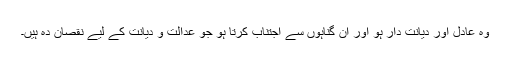
وہ عادل اور دیانت دار ہو اور ان گناہوں سے اجتناب کرتا ہو جو عدالت و دیانت کے لیے نقصان دہ ہیں۔